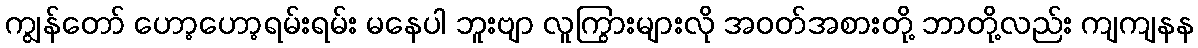
ကျွန်တော် ဟော့ဟော့ရမ်းရမ်း မနေပါ ဘူးဗျာ လူကြွားများလို အဝတ်အစားတို့ ဘာတို့လည်း ကျကျနန